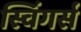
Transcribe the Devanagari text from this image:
स्विंगर्स